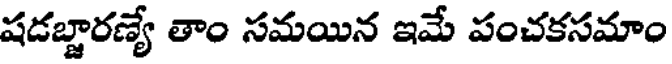
షడబ్జారణ్యే తాం సమయిన ఇమే పంచకసమాం